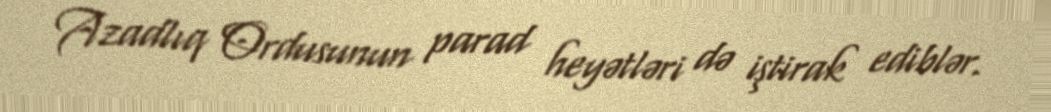
Azadlıq Ordusunun parad heyətləri də iştirak ediblər.